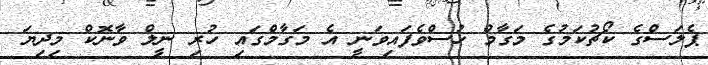
ޕެލަސްގެ ކޯޗުކަމުގެ މަގާމް ހުސްވެފައިވަނީ އެ މަގާމްގައި ހުރި ނީލް ވާނޮކް މިދިޔަ